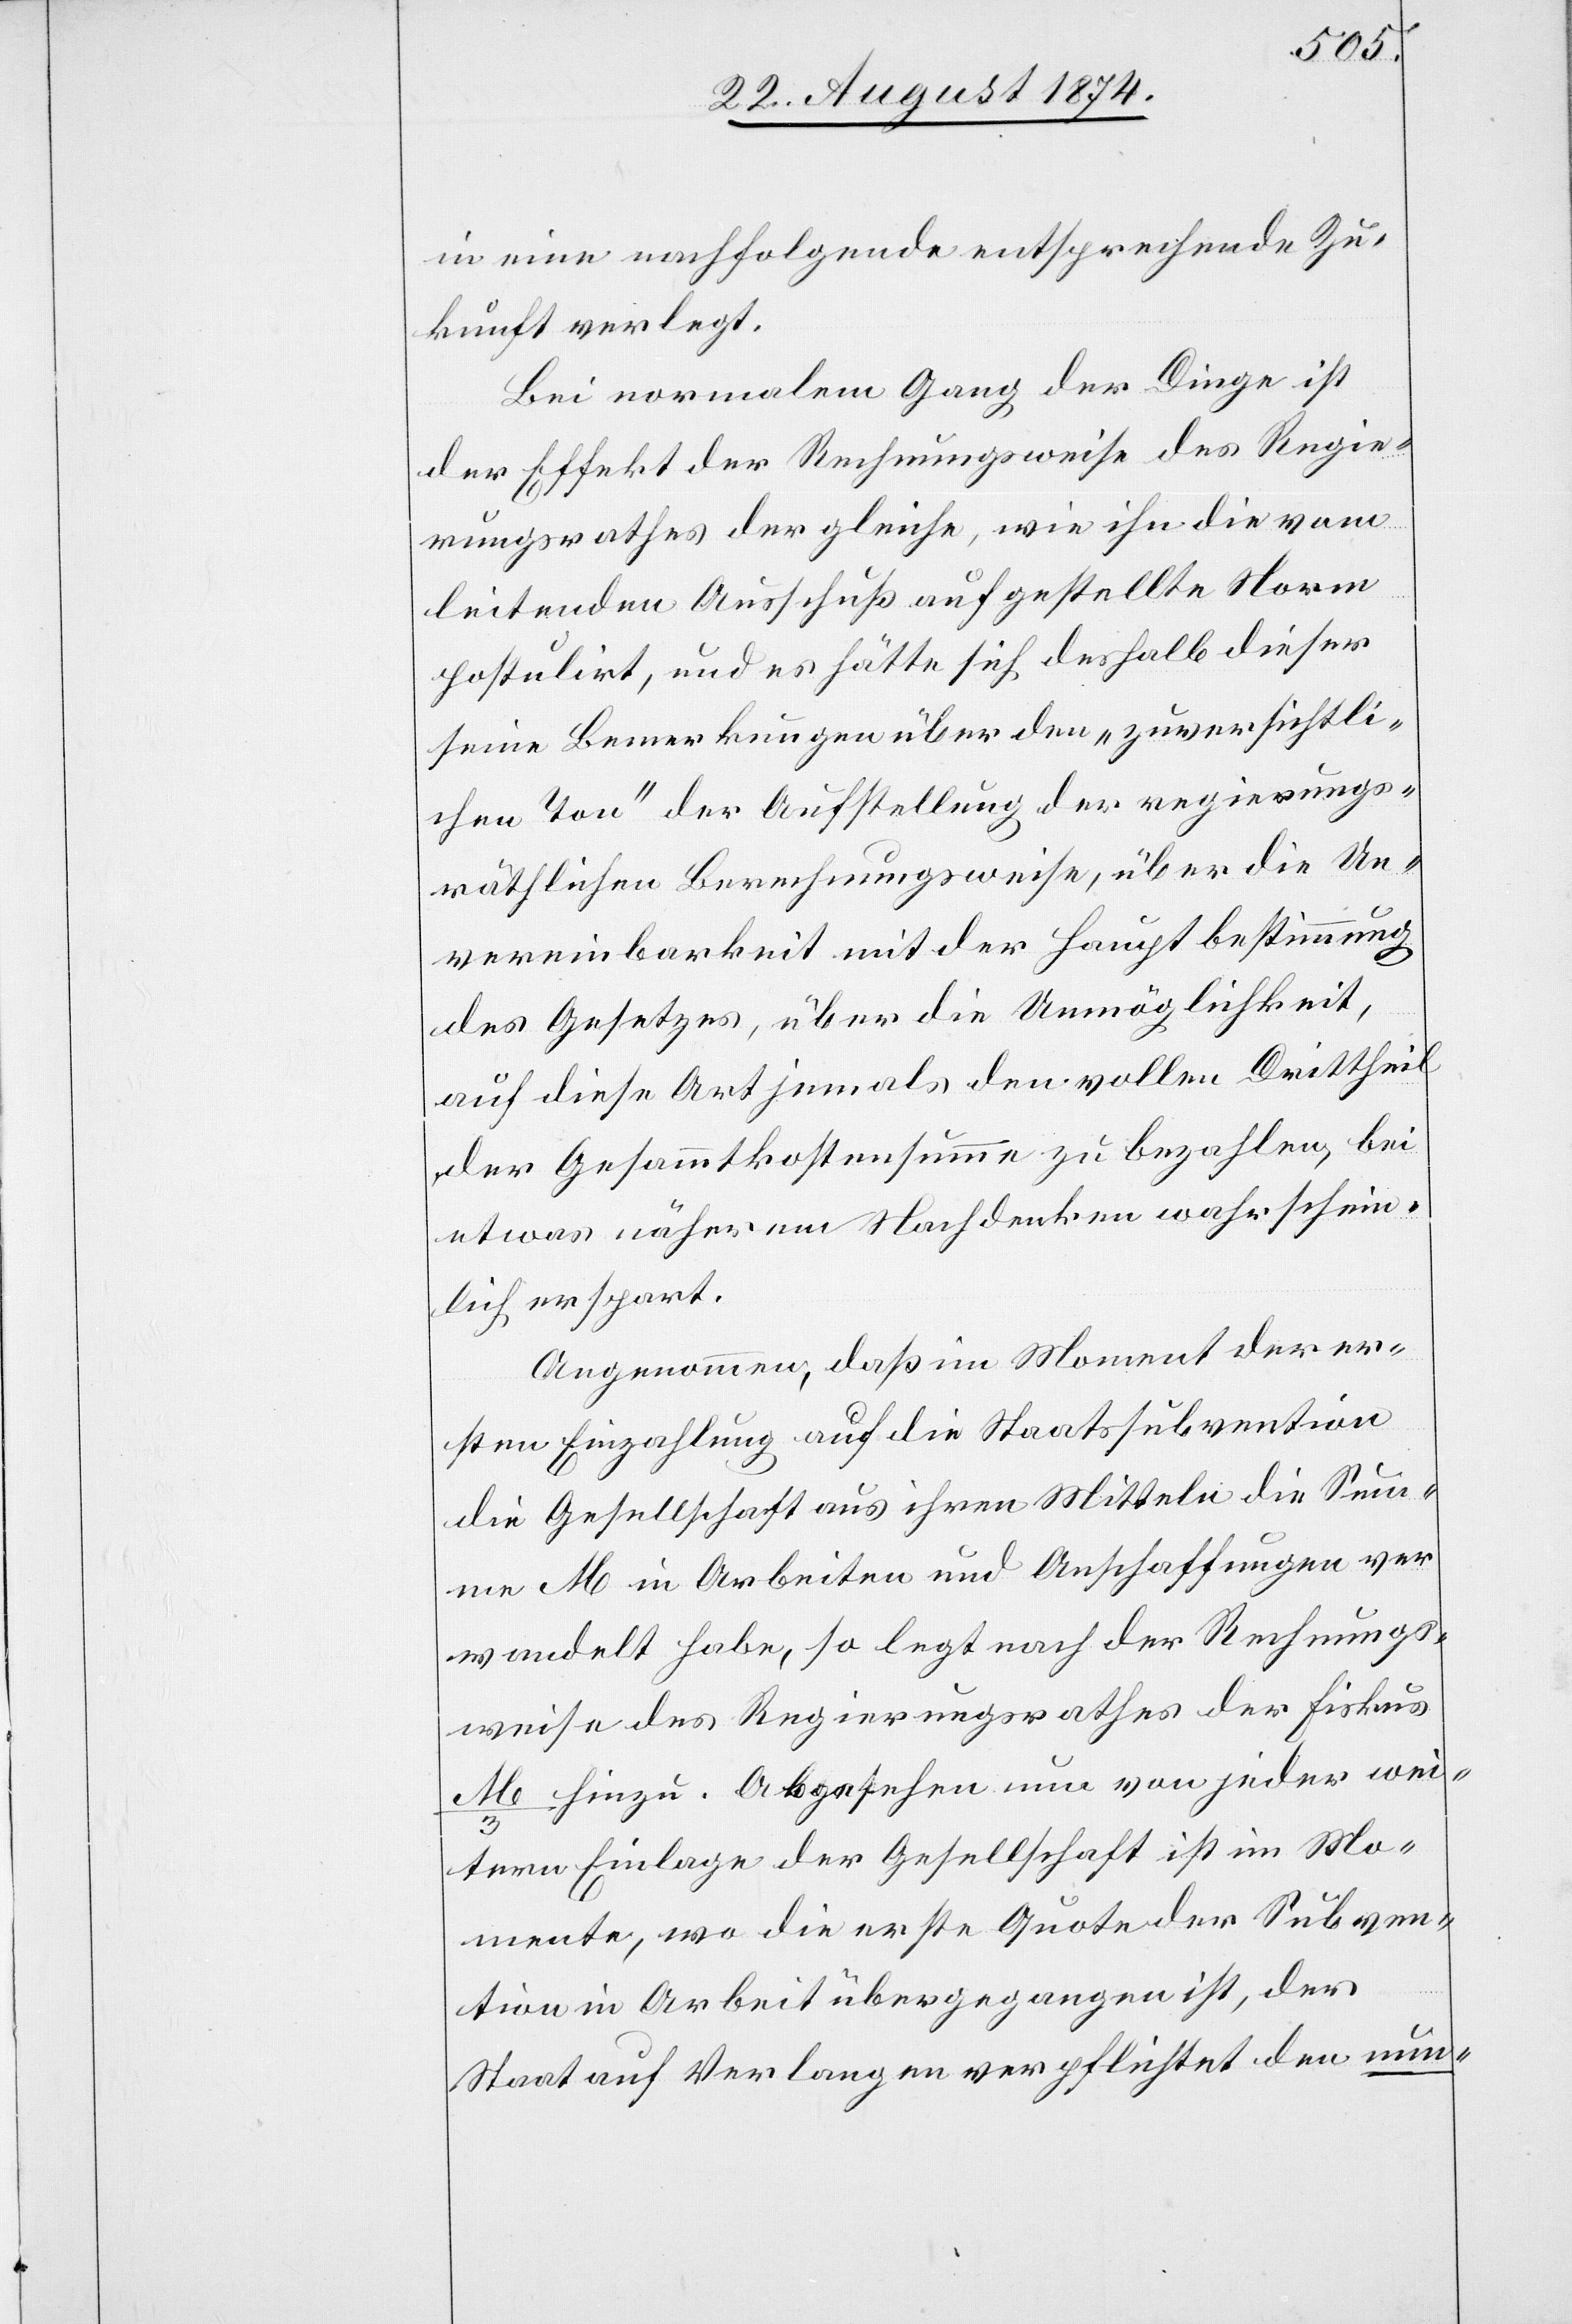
in eine nachfolgende entsprechende Zu¬
kunft verlegt.
Bei normalem Gang der Dinge ist
der Effekt der Rechnungsweise des Regie¬
rungsrathes der gleiche, wie ihn die vom
leitenden Ausschuß aufgestellte Norm
postulirt, und es hätte sich deshalb dieser
seine Bemerkungen über den „zuversichtli¬
chen Ton“ der Aufstellung der regierungs¬
räthlichen Berechnungsweise, über die Un¬
vereinbarkeit mit der Hauptbestimmung
des Gesetzes, über die Unmöglichkeit,
auf diese Art jemals den vollen Drittheil
der Gesammtkostensumme zu bezahlen, bei
etwas näherem Nachdenken wahrschein¬
lich erspart.
Angenommen, daß im Moment der er¬
sten Einzahlung auf die Staatssubvention
die Gesellschaft aus ihren Mitteln die Sum¬
me M in Arbeiten und Anschaffungen ver¬
wandelt habe, so legt nach der Rechnungs¬
weise des Regierungsrathes der Fiskus
M/3 hinzu. Abgesehen nun von jeder wei¬
tern Einlage der Gesellschaft ist im Mo¬
mente, wo die erste Quote der Subven¬
tion in Arbeit übergegangen ist, der
Staat auf Verlangen verpflichtet den nun-